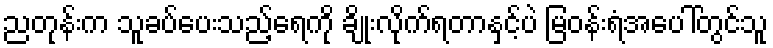
ညတုန်းက သူခပ်ပေးသည့်ရေကို ချိုးလိုက်ရတာနှင့်ပဲ မြဝန်းရံအပေါ်တွင်သူ